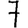
Digit: 7